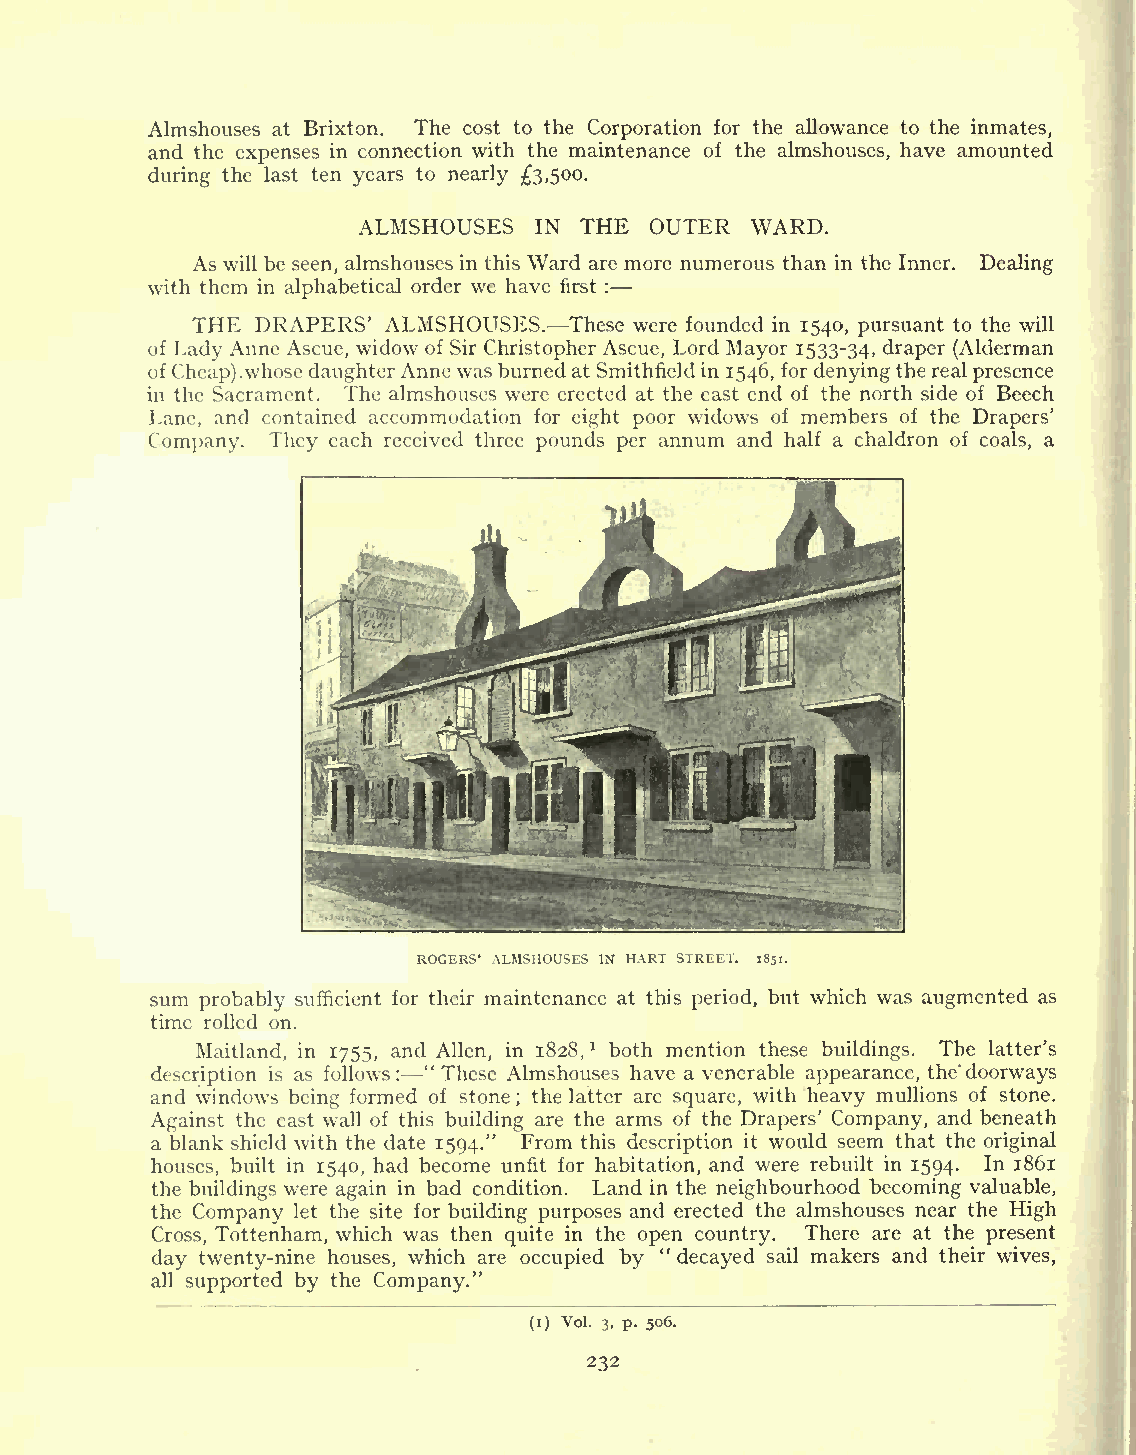
Almshouses at Brixton. The cost to the Corporation for the allowance to the inmates,
 and the expenses in connection with the maintenance of the almshouses, have amounted
 during the last ten years to nearly 3,500.
 ALMSHOUSES IN THE  OUTER  WARD.
 As will be seen, almshouses in this Ward are more numerous than in the Inner. Dealing
 with them in alphabetical order we have first :
 THE DRAPERS' ALMSHOUSES. These were founded in 1540, pursuant to the will
 of Lady Anne Ascue, widow of Sir Christopher Ascue, Lord Mayor 1533-34, draper (Alderman
 of Cheap).whose daughterAnne wasburned at Smithfield in 1546, for denyingthe realpresence
 in the Sacrament. The almshouses were erected at the east end of the north side of Beech
 Lane, and contained accommodation for eight poor widows of members of the Drapers'
 Company. They each received three pounds per annum and half a chaldron of coals, a
 ROGERS' ALMSHOUSES IN HART STREET. 1851.
 sum probably sufficient for their maintenance at this period, but which was augmented as
 time rolled on.
 Maitland, in 1755, and Allen, in 1828, l both mention these buildings. The latter's
 description is as follows: "These Almshouses have a venerable appearance, the'doorways
 and windows being formed of stone ; the latter are square, with heavy mullions of stone.
 Against the east wall of this building are the arms of the Drapers' Company, and beneath
 a blank shield with the date 1594." From this description it would seem that the original
 houses, built in 1540, had become unfit for habitation, and were rebuilt in 1594. In 1861
 the buildings were again in bad condition. Land in the neighbourhood becoming valuable,
 the Company let the site for building purposes and erected the almshouses near the High
 Cross, Tottenham, which was then quite in the open country. There are at the present
 day twenty-nine houses, which are occupied by " decayed sail makers and their wives,
 all supported by the Company."
 (i) Vol. 3, p. 506.
 232